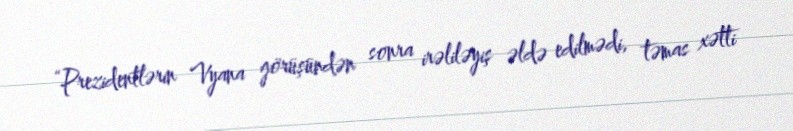
“Prezidentlərin Vyana görüşündən sonra irəliləyiş əldə edilmədi, təmas xətti